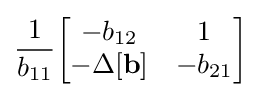
{\frac {1}{b_{11}}}{\begin{bmatrix}-b_{12}&1\\-\Delta \mathbf {[b]} &-b_{21}\end{bmatrix}}